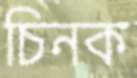
চিনক